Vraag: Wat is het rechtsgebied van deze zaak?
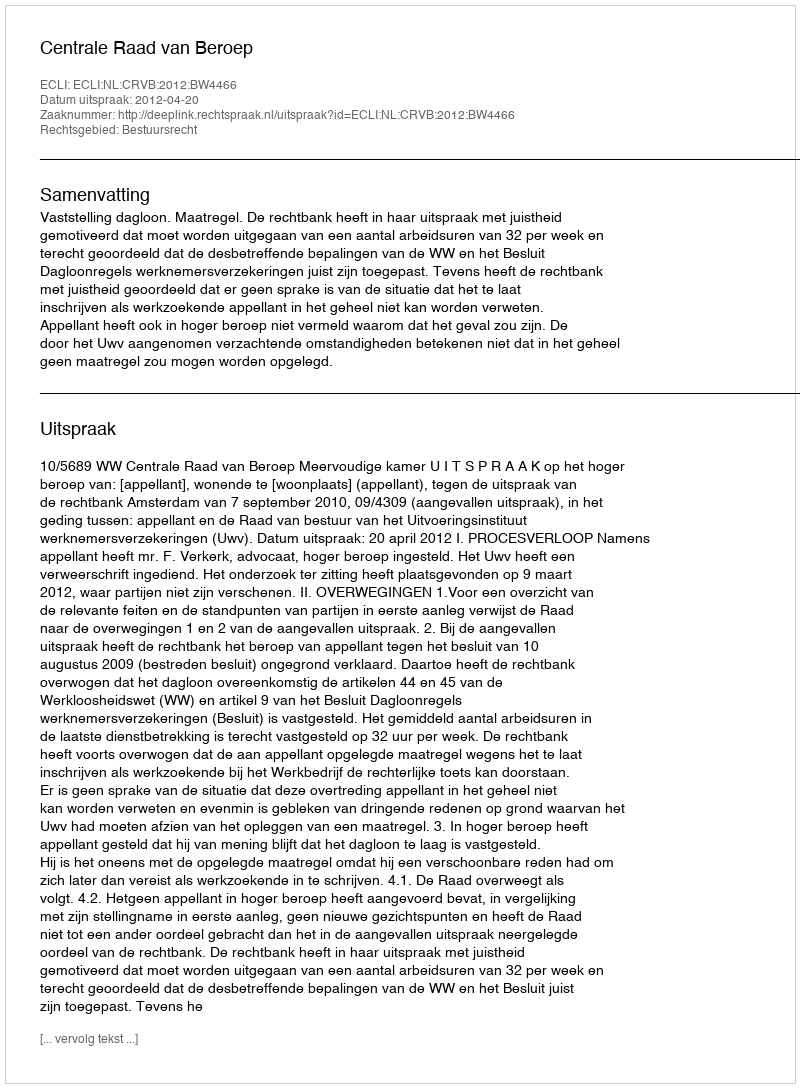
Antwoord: Bestuursrecht